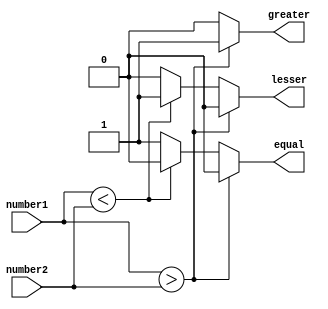
module magnitude_comparator (
    input signed [31:0] number1,
    input signed [31:0] number2,
    output reg greater,
    output reg lesser,
    output reg equal
);

always @ (*) begin
    if (number1 > number2) begin
        greater = 1;
        lesser = 0;
        equal = 0;
    end else if (number1 < number2) begin
        greater = 0;
        lesser = 1;
        equal = 0;
    end else begin
        greater = 0;
        lesser = 0;
        equal = 1;
    end
end

endmodule